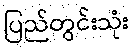
ပြည်တွင်းသုံး